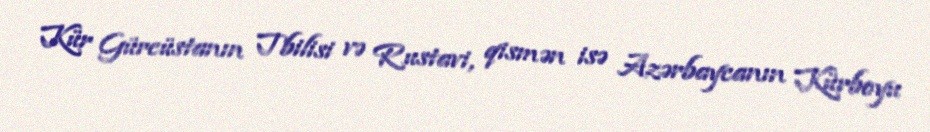
Kür Gürcüstanın Tbilisi və Rustavi, qismən isə Azərbaycanın Kürboyu